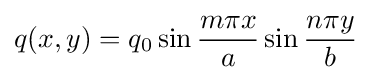
q(x,y)=q_{0}\sin {\frac {m\pi x}{a}}\sin {\frac {n\pi y}{b}}